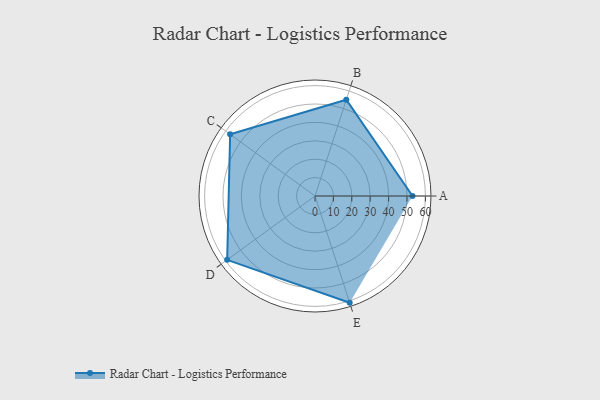
{"axis": {"x": "Skill", "y": "Score"}, "legend": ["Profile"], "data": [{"x": "A", "y": 53.0, "type": "Profile"}, {"x": "B", "y": 55.0, "type": "Profile"}, {"x": "C", "y": 57.0, "type": "Profile"}, {"x": "D", "y": 59.0, "type": "Profile"}, {"x": "E", "y": 61.0, "type": "Profile"}]}